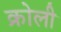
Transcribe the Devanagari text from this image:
क्रोली